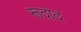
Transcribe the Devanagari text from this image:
रूदाद